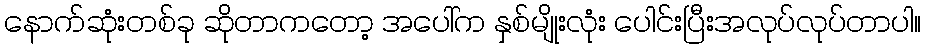
နောက်ဆုံးတစ်ခု ဆိုတာကတော့ အပေါ်က နှစ်မျိုးလုံး ပေါင်းပြီးအလုပ်လုပ်တာပါ။